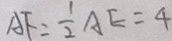
A F = \frac { 1 } { 2 } A E = 4